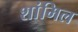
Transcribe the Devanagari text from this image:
शांमिल